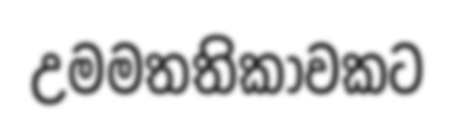
උමමතතිකාවකට